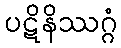
ပဋိနိဿဂ္ဂံ